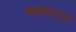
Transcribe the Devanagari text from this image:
बख़्तारान